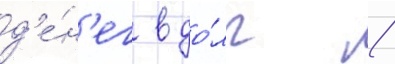
д'е́н'ег в до́лг /